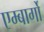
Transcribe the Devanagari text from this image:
एम्बार्गो